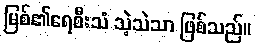
မြစ်၏ရေစီးသံ သဲ့သဲသာ ဖြစ်သည်။